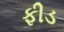
ફીડ